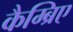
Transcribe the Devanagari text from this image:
कैम्ब्रिए